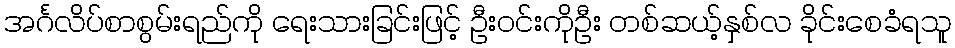
အင်္ဂလိပ်စာစွမ်းရည်ကို ရေးသားခြင်းဖြင့် ဦးဝင်းကိုဦး တစ်ဆယ့်နှစ်လ ခိုင်းစေခံရသူ